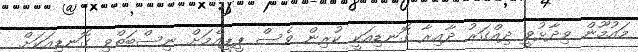
މައުމޫން ވިދާޅުވީ ދިއްގަރު ދާއިރާ ގޮނޑިއަކީ ކުރިން ވެސް ޕީޕީއެމަށް ނިސްބަތްވި ގޮނޑިއަކަށް